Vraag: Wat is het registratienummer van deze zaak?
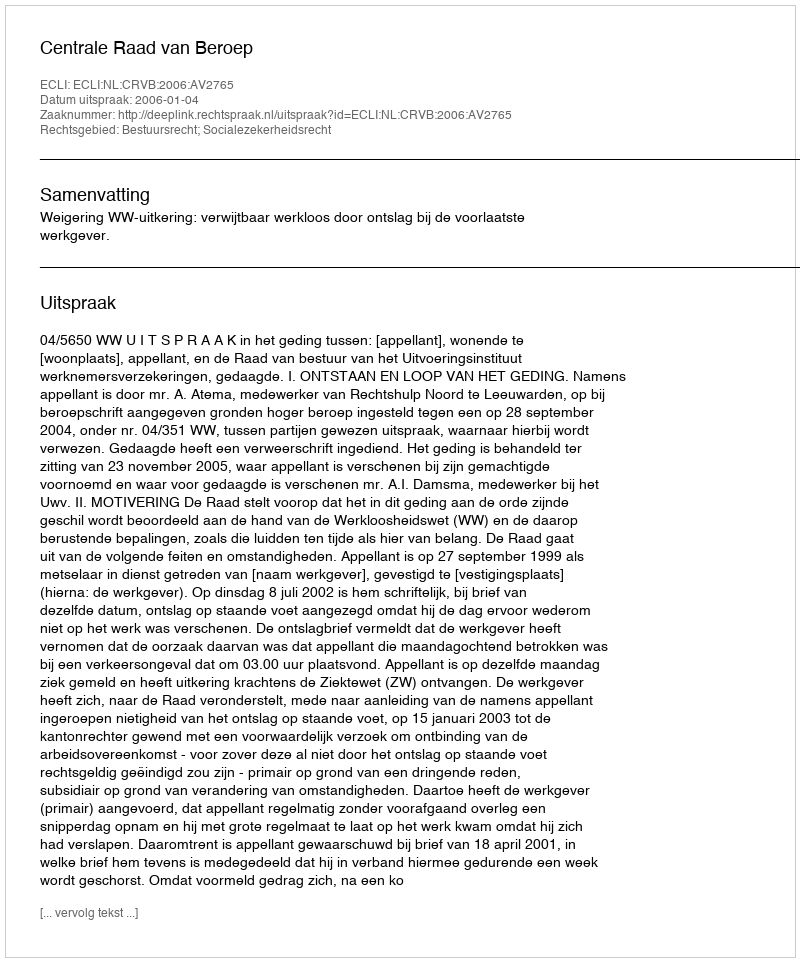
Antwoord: http://deeplink.rechtspraak.nl/uitspraak?id=ECLI:NL:CRVB:2006:AV2765